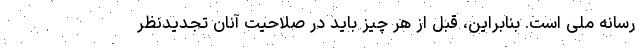
رسانه ملی است. بنابراین، قبل از هر چیز باید در صلاحیت آنان تجدیدنظر